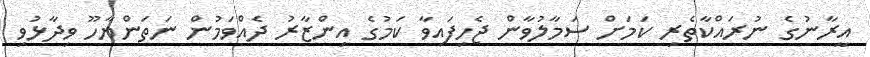
އީރާނުގެ ނުރައްކާތެރި ކަމަށް ސަމާލުވާން ޖެހިފައިވާ ކަމުގެ އިންޒާރު ދެއްވަމުން ނަތަންޔާހޫ ވިދާޅުވި